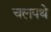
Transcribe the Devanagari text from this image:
चलपथे